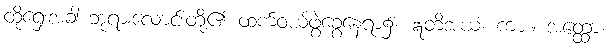
ထိုရှေးအခါ ဘုရားလောင်းတို့၏ ထက်ဝယ်ဖွဲ့ခွေနေရာ၌။ ဣတိအယံ၊ ကား။ အတ္ထော၊